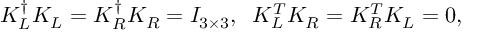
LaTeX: K _ { L } ^ { \dagger } K _ { L } = K _ { R } ^ { \dagger } K _ { R } = I _ { 3 \times 3 } , \; \; K _ { L } ^ { T } K _ { R } = K _ { R } ^ { T } K _ { L } = 0 ,